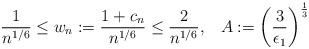
LaTeX: \begin{align*}\frac{1}{n^{1/6}} \leq w_n := \frac{1+c_n}{n^{1/6}} \leq \frac{2}{n^{1/6}}, \;\;\;A := \left(\frac{3}{\epsilon_1}\right)^{\frac{1}{3}}\end{align*}